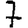
Digit: 7